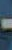
-